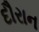
દૌરાન